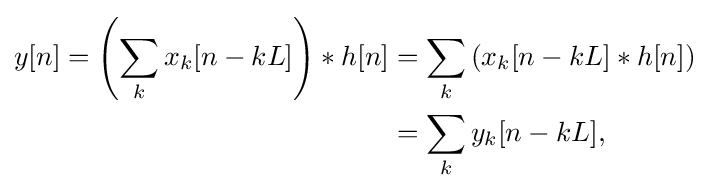
{\begin{aligned}y[n]=\left(\sum _{k}x_{k}[n-kL]\right)*h[n]&=\sum _{k}\left(x_{k}[n-kL]*h[n]\right)\\&=\sum _{k}y_{k}[n-kL],\end{aligned}}